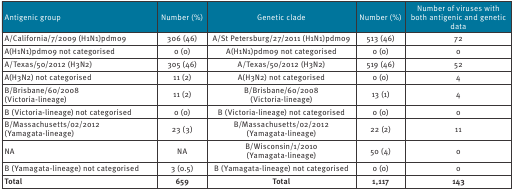
<table><thead><tr><td><b>Antigenic group</b></td><td><b>Number (%)</b></td><td><b>Genetic clade</b></td><td><b>Number (%)</b></td><td><b>Number of viruses with both antigenic and genetic data</b></td></tr></thead><tbody><tr><td>A/California/7/2009 (H1N1)pdm09</td><td>306 (46)</td><td>A/St Petersburg/27/2011 (H1N1)pdm09</td><td>513 (46)</td><td>72</td></tr><tr><td>A(H1N1)pdm09 not categorised</td><td>0 (0)</td><td>A(H1N1)pdm09 not categorised</td><td>0 (0)</td><td>0</td></tr><tr><td>A/Texas/50/2012 (H3N2)</td><td>305 (46)</td><td>A/Texas/50/2012 (H3N2)</td><td>519 (46)</td><td>52</td></tr><tr><td>A(H3N2) not categorised</td><td>11 (2)</td><td>A(H3N2) not categorised</td><td>0 (0)</td><td>4</td></tr><tr><td>B/Brisbane/60/2008(Victoria-lineage)</td><td>11 (2)</td><td>B/Brisbane/60/2008(Victoria-lineage)</td><td>13 (1)</td><td>4</td></tr><tr><td>B (Victoria-lineage) not categorised</td><td>0 (0)</td><td>B (Victoria-lineage) not categorised</td><td>0 (0)</td><td>0</td></tr><tr><td>B/Massachusetts/02/2012(Yamagata-lineage)</td><td>23 (3)</td><td>B/Massachusetts/02/2012(Yamagata-lineage)</td><td>22 (2)</td><td>11</td></tr><tr><td>NA</td><td>NA</td><td>B/Wisconsin/1/2010(Yamagata-lineage)</td><td>50 (4)</td><td>0</td></tr><tr><td>B (Yamagata-lineage) not categorised</td><td>3 (0.5)</td><td>B (Yamagata-lineage) not categorised</td><td>0 (0)</td><td>0</td></tr><tr><td><b>Total</b></td><td><b>659</b></td><td><b>Total</b></td><td><b>1,117</b></td><td><b>143</b></td></tr></tbody></table>